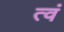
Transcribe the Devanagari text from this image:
त्वं